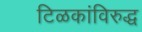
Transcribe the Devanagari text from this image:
टिळकांविरुद्ध